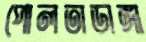
পোলতাডাঙ্গা